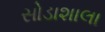
સોડાશાલા